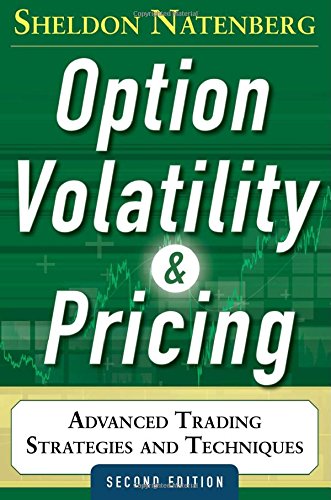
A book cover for Option Volatility and Pricing: Advanced Trading Strategies and Techniques, 2nd Edition; Sheldon Natenberg; Business & Money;